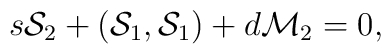
s{\cal S}_2+({\cal S}_1,{\cal S}_1)+d{\cal M}_2=0,